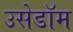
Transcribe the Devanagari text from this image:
उसेडॉम